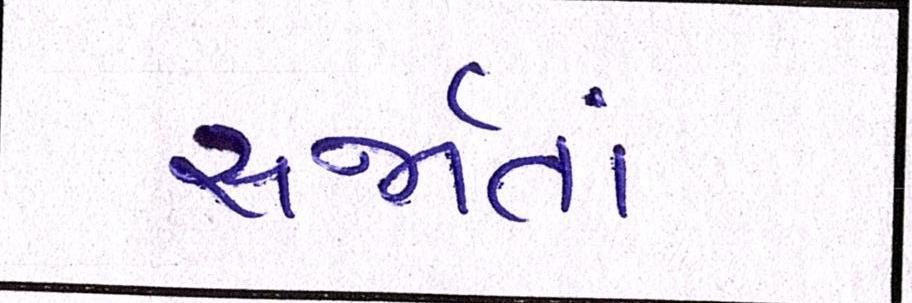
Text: સર્જાતાં